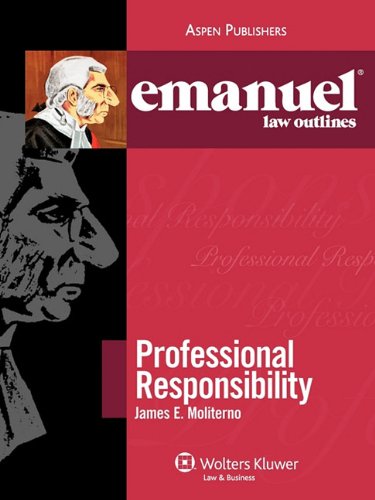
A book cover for Emanuel Law Outlines: Professional Responsibility (The Emanuel Law Outlines Series); James E. Moliterno; Law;